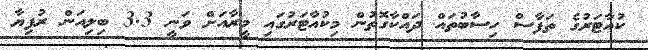
ކުއާޓަރުގެ ތަފާސް ހިސާބުތައް ދައްކާގޮތުން މިކުއާޓަރުގައި މީރާއަށް ވަނީ 3.3 ބިލިއަން ރުފިޔާ